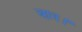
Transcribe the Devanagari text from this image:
बान।